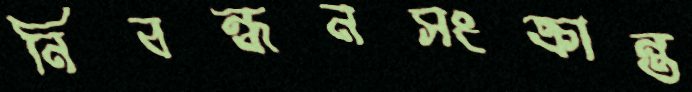
নিবন্ধনসংক্রান্ত